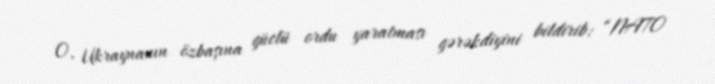
O, Ukraynanın özbaşına güclü ordu yaratması gərəkdiyini bildirib: “NATO